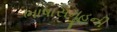
ભાષાસમૂહની